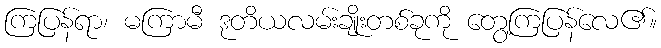
ကြပြန်ရာ၊ မကြာမီ ဒုတိယလမ်းချိုးတစ်ခုကို တွေ့ကြပြန်လေ၏။